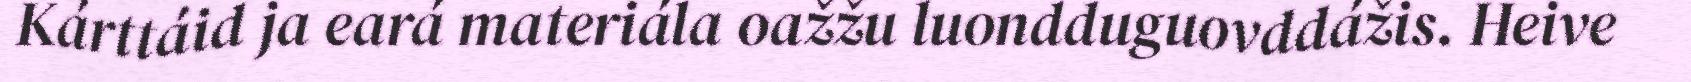
Kárttáid ja eará materiála oažžu luondduguovddážis. Heive